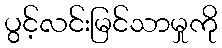
ပွင့်လင်းမြင်သာမှုကို